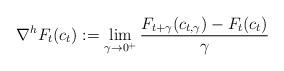
LaTeX: \begin{align*}\nabla^{h}F_t(c_t):= \lim_{\gamma\rightarrow 0^+}\frac{F_{t+\gamma}(c_{t,\gamma}) - F_t(c_t)}{\gamma}\end{align*}